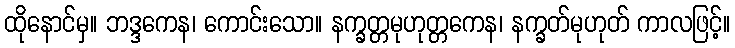
ထိုနောင်မှ။ ဘဒ္ဒကေန၊ ကောင်းသော။ နက္ခတ္တမုဟုတ္တကေန၊ နက္ခတ်မုဟုတ် ကာလဖြင့်။